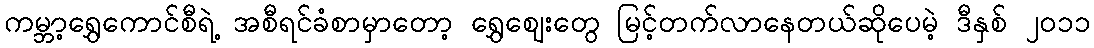
ကမ္ဘာ့ရွှေကောင်စီရဲ့ အစီရင်ခံစာမှာတော့ ရွှေဈေးတွေ မြင့်တက်လာနေတယ်ဆိုပေမဲ့ ဒီနှစ် ၂၀၁၁